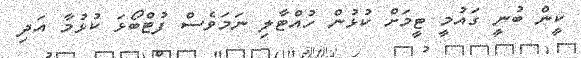
ކީން ބުނީ ގައުމީ ޓީމަށް ކުޅުން ހުއްޓާލި ނަމަވެސް ފުޓްބޯޅަ ކުޅުމާ އަދި